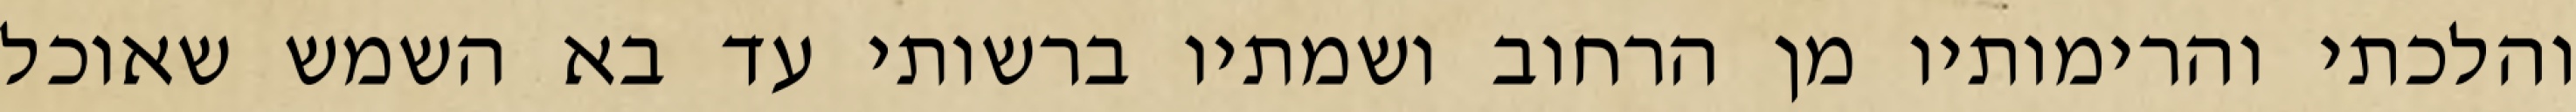
והלכתי והרימותיו מן הרחוב ושמתיו ברשותי עד בא השמש שאוכל